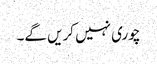
چوری نہیں کریں گے۔